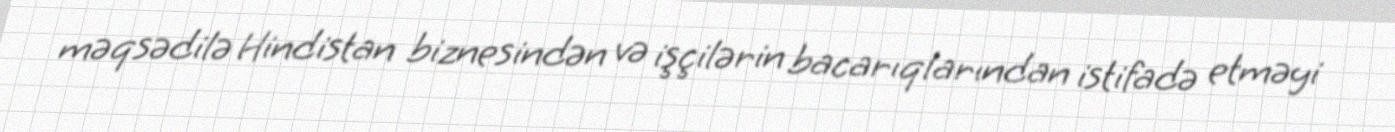
məqsədilə Hindistan biznesindən və işçilərin bacarıqlarından istifadə etməyi